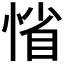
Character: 𢜫